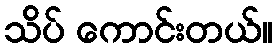
သိပ် ကောင်းတယ်။